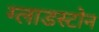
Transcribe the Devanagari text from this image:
ग्लाडस्टोन